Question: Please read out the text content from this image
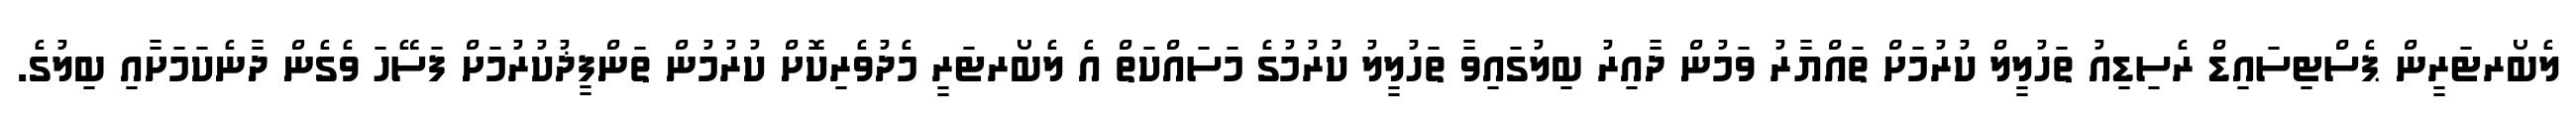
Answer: ލެބޯރޓަރީން ޕެސްޓިސައިޑް ރެސިޑިއު ތަހުލީލް ކުރުމަށް ތައްޔާރު ވަމުން ދާއިރު ބިލުގައިވާ ތަހުލީލު ކުރުމުގެ މަސައްކަތް އެ ލެބޯރޓަރީ މެދުވެރިކޮށް ކުރުމުން ތަންފީޛުކުރުމަށް ފަސޭހަ ވެގެން ދާނެކަމަށާއި ބިލުގެ.